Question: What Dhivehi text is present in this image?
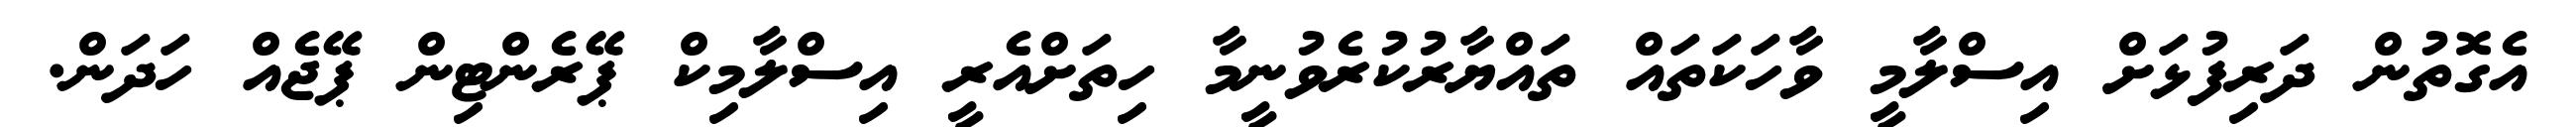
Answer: އެގޮތުން ދަރިފުޅަށް އިސްލާމީ ވާހަކަތައް ތައްޔާރުކުރެވުނީމާ ހިތަށްއެރީ އިސްލާމިކް ޕޭރެންޓިން ޕޭޖެއް ހަދަން.